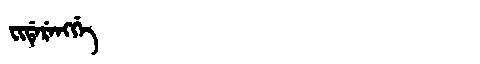
Manchu: ᠸᡳᡩᡝᡵᡝᠩᡤᡝ
Romanization: FIDERENGGE